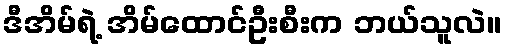
ဒီအိမ်ရဲ့ အိမ်ထောင်ဦးစီးက ဘယ်သူလဲ။